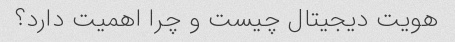
هویت دیجیتال چیست و چرا اهمیت دارد؟